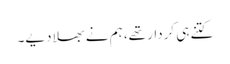
کتنے ہی کردار تھے، ہم نے بھلا دیے۔